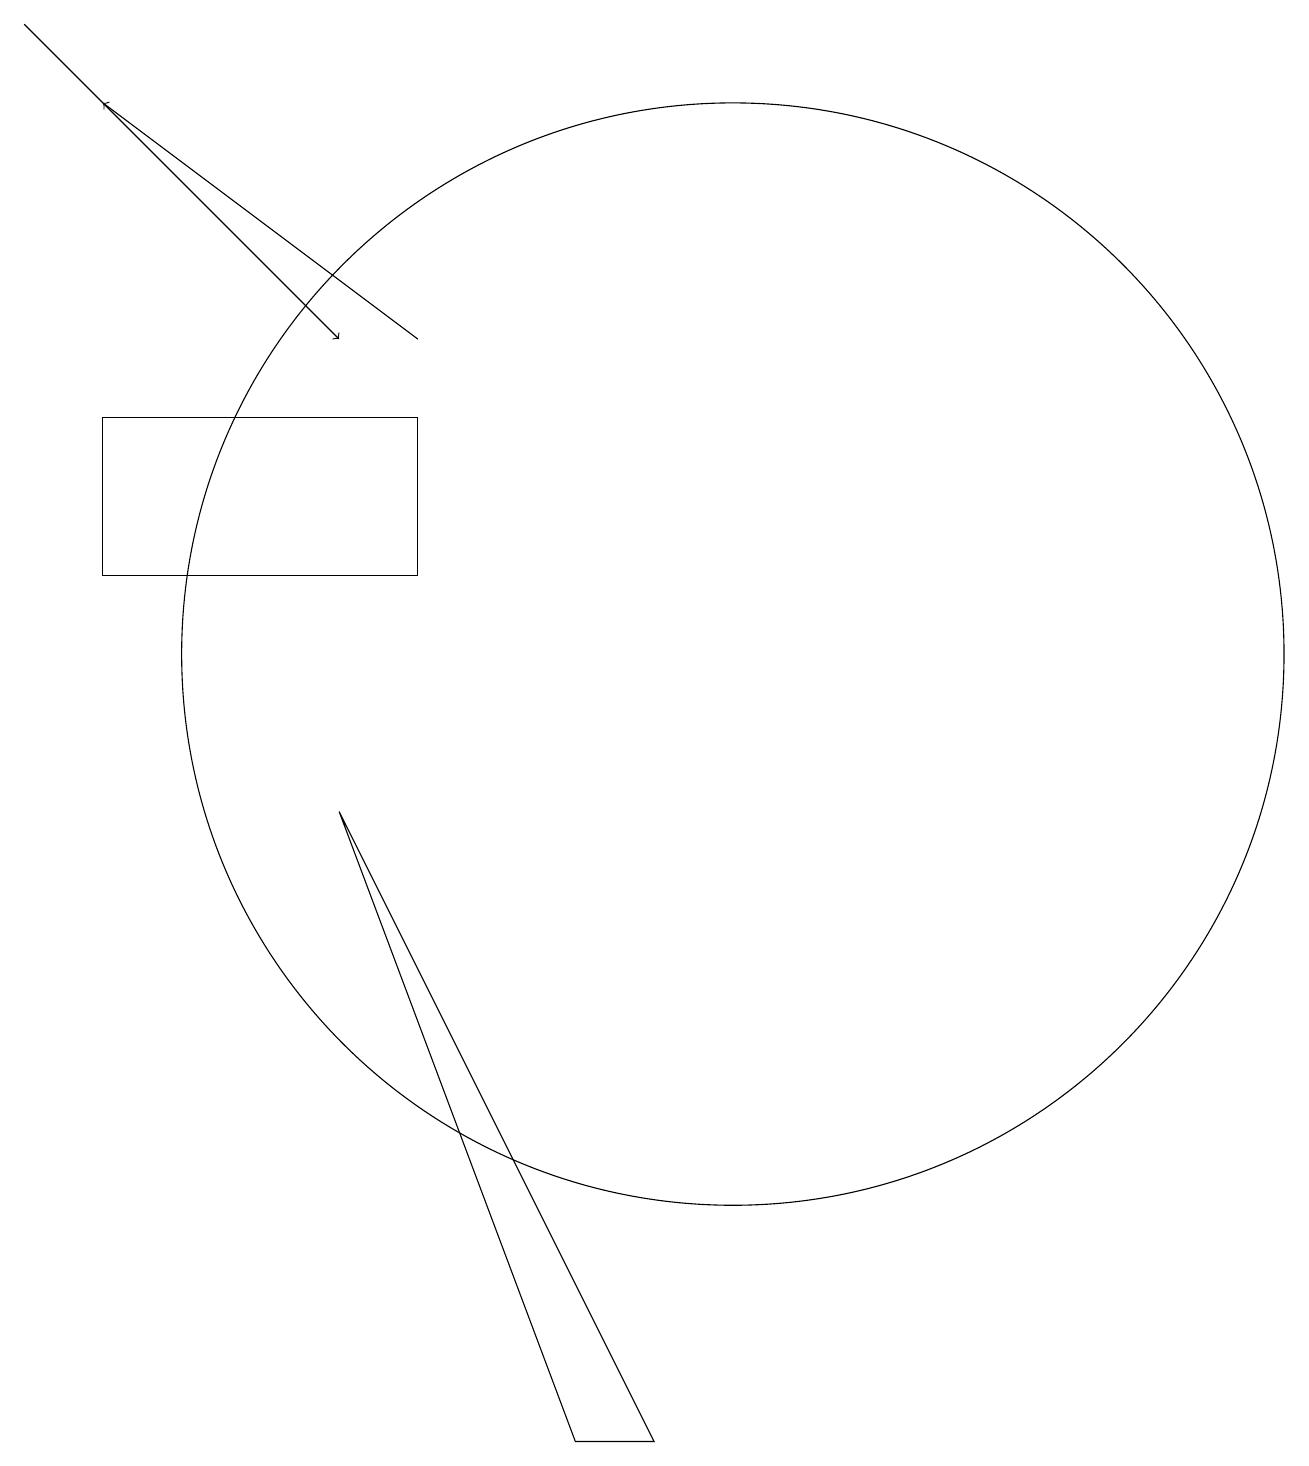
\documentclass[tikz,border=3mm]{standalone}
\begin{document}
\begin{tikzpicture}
\draw (2,14) rectangle (6,12);
\draw (10,11) circle (7);
\draw[->] (1,19) -- (5,15);
\draw[->] (6,15) -- (2,18);
\draw (8,1) -- (5,9) -- (9,1) -- cycle;
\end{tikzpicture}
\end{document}